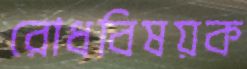
রোধবিষয়ক